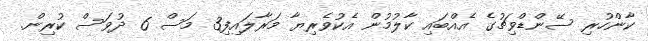
ކާންހުރި ސޭންޑްވިޗުގެ އެއްބައި ކާލުމުން އެކުވެރިޔާ މަރާލައިފި3 މަސް 6 ދުވަސް ކުރިން.